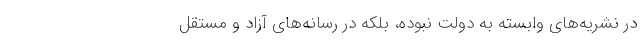
در نشریه‌های وابسته به دولت نبوده، بلکه در رسانه‌های آزاد و مستقل